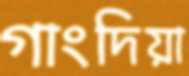
গাংদিয়া